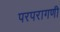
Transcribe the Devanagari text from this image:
परपरागणी